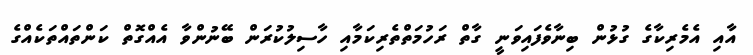
އާއި އެމެރިކާގެ ގުޅުން ބިނާވެފައިވަނީ ގާތް ރަހުމަތްތެރިކަމާއި ހާސިލުކުރަން ބޭނުންވާ އެއްގޮތް ކަންތައްތަކެއްގެ